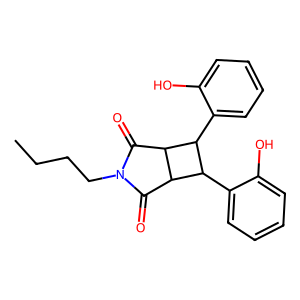
SMILES: CCCCN1C(=O)C2C(C1=O)C(c1ccccc1O)C2c1ccccc1O
Inhibits HIV replication: No